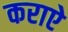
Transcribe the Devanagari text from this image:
कराऐ